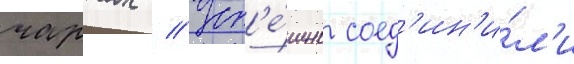
чартах // Усп'е́шно соед'ин'и́л'и